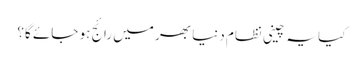
کیا یہ چینی نظام دنیا بھر میں رائج ہو جائے گا؟